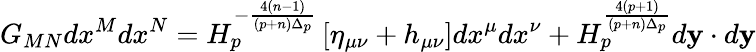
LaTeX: G_{MN}dx^{M}dx^{N}=H_{p}^{-{\frac{4(n-1)}{(p+n)\Delta_{p}}}}\left[\eta_{\mu\nu}+h_{\mu\nu}\right]dx^{\mu}dx^{\nu}+H_{p}^{\frac{4(p+1)}{(p+n)\Delta_{p}}}d{\mathbf y}\cdot d{\mathbf y}